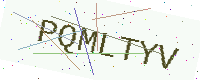
Text: PQMLTYV